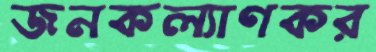
জনকল্যাণকর